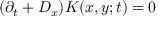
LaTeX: ( \partial _ { t } + D _ { x } ) K ( x , y ; t ) = 0